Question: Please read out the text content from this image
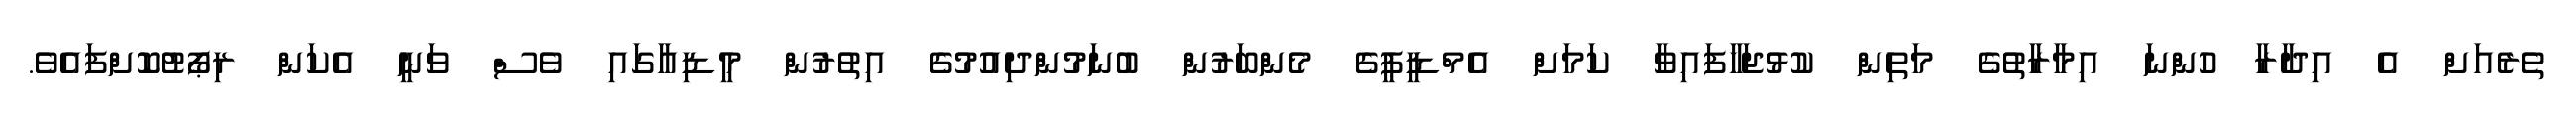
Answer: ތެރެއަށް އެ އިދާރާ ހުންނަ އިމާރާތުގެ މަތިން ކުޅުޖަހާފައިވާ ކަމަށް އެމްޑީޕީގެ މެންބަރުން ބުނަމުންދިއުމުގެ އިތުރުން މީޑިއާގައި ވެސް ވަނީ އެކަން ރިޕޯޓުކޮށްފައެވެ.